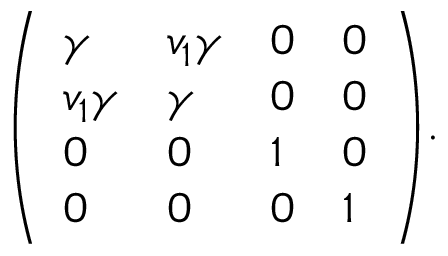
{ \left( \begin{array} { l l l l } { \gamma } & { v _ { 1 } \gamma } & { 0 } & { 0 } \\ { v _ { 1 } \gamma } & { \gamma } & { 0 } & { 0 } \\ { 0 } & { 0 } & { 1 } & { 0 } \\ { 0 } & { 0 } & { 0 } & { 1 } \end{array} \right) } .